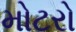
મોટરો